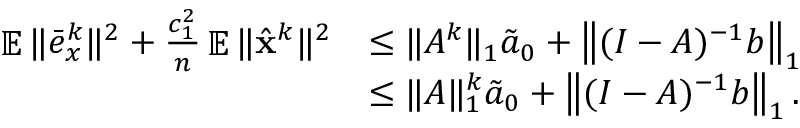
\begin{array} { r l } { \mathop { \mathbb { E } } \| \bar { e } _ { x } ^ { k } \| ^ { 2 } + \frac { c _ { 1 } ^ { 2 } } { n } \mathop { \mathbb { E } } \| \hat { { \mathbf { x } } } ^ { k } \| ^ { 2 } } & { \leq \| A ^ { k } \| _ { 1 } \tilde { a } _ { 0 } + \left\| ( I - A ) ^ { - 1 } b \right\| _ { 1 } } \\ & { \leq \| A \| _ { 1 } ^ { k } \tilde { a } _ { 0 } + \left\| ( I - A ) ^ { - 1 } b \right\| _ { 1 } . } \end{array}